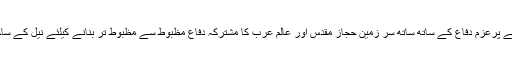
آئیے پاکستان کی جغرافیائی اور نظریاتی سرحدوں کے پرعزم دفاع کے ساتھ ساتھ سر زمین حجاز مقدس اور عالم عرب کا مشترکہ دفاع مظبوط سے مظبوط تر بنانے کیلئے نیل کے ساحل سے لیکر تابخاک کاشغر اتحاد عالم اسلام زندہ باد۔